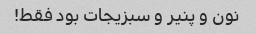
نون و پنیر و سبزیجات بود فقط!